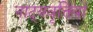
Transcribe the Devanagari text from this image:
नाट्यवृत्तियों